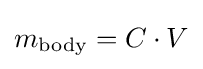
m_{\text{body}}=C\cdot V